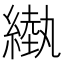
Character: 𦄌